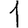
Digit: 1